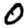
Digit: 0